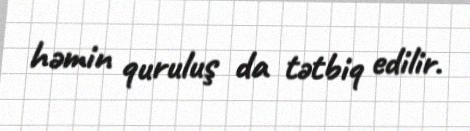
həmin quruluş da tətbiq edilir.